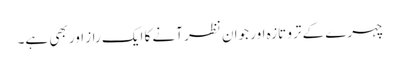
چہرے کے ترو تازہ اور جوان نظر آنے کا ایک راز اور بھی ہے۔